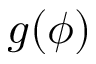
g ( \phi )